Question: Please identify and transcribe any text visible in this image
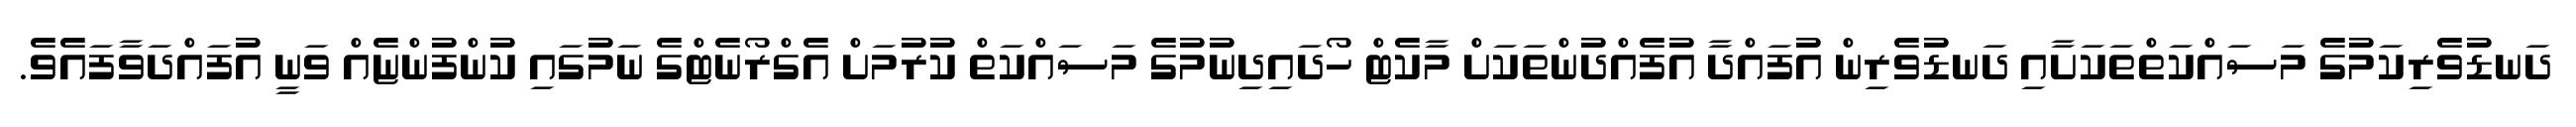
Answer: ދަނޑުވެރިކަމުގެ މަސައްކަތްތަކަށާއި ދަނޑުވެރިން އުފައްދާ އުފެއްދުންތަކަށް މާކެޓް ހޯދައިދިނުމުގެ މަސައްކަތް ކުރުމަށް އެގްރޯނެޓްގެ ނަމުގައި ކުންފުންޏެއް ވަނީ އުފައްދަވާފައެވެ.